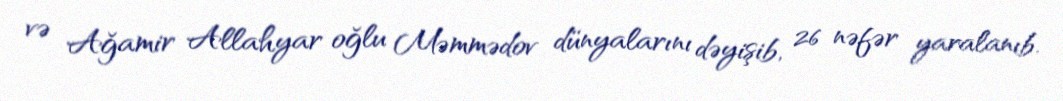
və Ağamir Allahyar oğlu Məmmədov dünyalarını dəyişib, 26 nəfər yaralanıb.